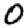
Digit: 0